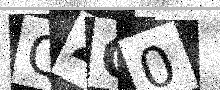
Text: QZQ0